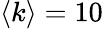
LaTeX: \langle k\rangle=10